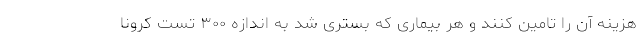
هزینه آن را تامین کنند و هر بیماری که بستری شد به اندازه ۳۰۰ تست کرونا